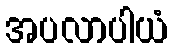
အပလာပါယံ